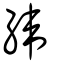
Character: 緯